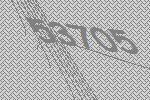
53705